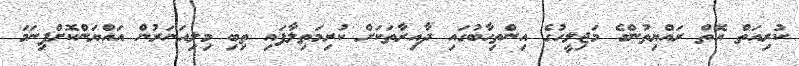
ކުރިއަތް އޮތް ރައްޔިތުންގެ މަޖިލީހުގެ އިންތިހާބުގައި ދާއިރާތަކަށް ކުރިމަތިލާފައި ތިބި މިލިއަނަރުން އައްޔަންކޮށްފިނަމަ